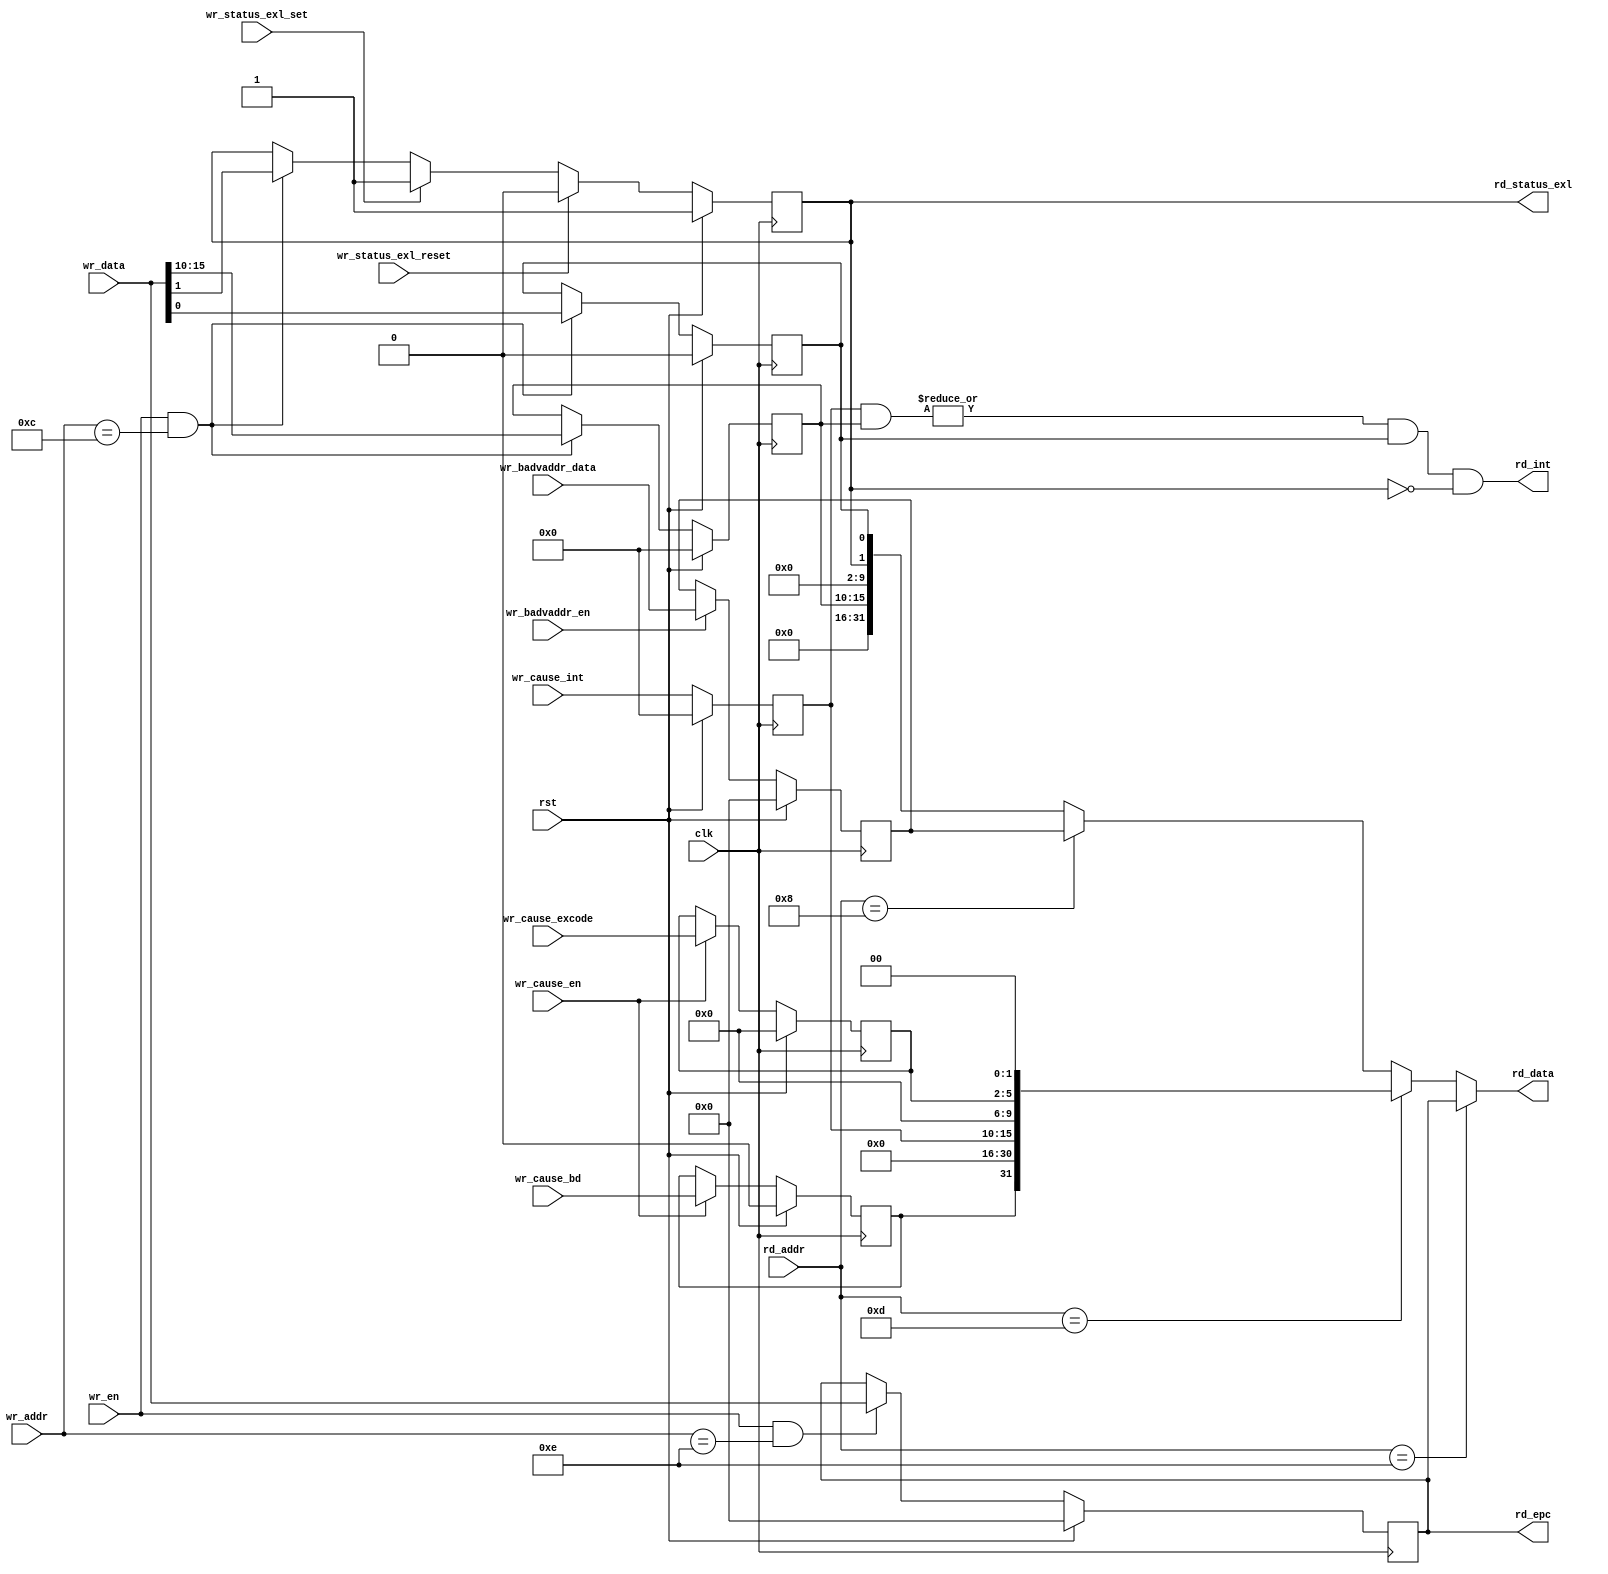
module mips_cop0    (
                    input clk,
                    input rst,

                    input[4:0]    rd_addr,
                    output[31:0]  rd_data,
                    output[31:0]  rd_epc,
                    output        rd_int,
                    output        rd_status_exl,

                    input[4:0]    wr_addr,
                    input         wr_en,
                    input[31:0]   wr_data,
                    input         wr_status_exl_reset,
                    input         wr_status_exl_set,
                    input         wr_cause_en,
                    input         wr_cause_bd,
                    input[5:0]    wr_cause_int,
                    input[3:0]    wr_cause_excode,
                    input         wr_badvaddr_en,
                    input[31:0]   wr_badvaddr_data
                    );




  reg[31:0]   epc;
  reg[31:0]   badvaddr;

  reg         cause_bd;
  reg[5:0]    cause_ip;
  reg[3:0]    cause_excode;

  reg[5:0]    status_im;
  reg         status_exl;
  reg         status_ie;




  assign rd_epc= epc;
  assign rd_status_exl= status_exl;
  assign rd_data= rd_addr==5'd14 ?  epc :
                  rd_addr==5'd13 ?  {cause_bd,15'd0,
                                    cause_ip,4'd0,
                                    cause_excode,2'd0} :
                  rd_addr==5'd8 ?   badvaddr :
                                    {16'd0,
                                    status_im,
                                    8'd0,
                                    status_exl,
                                    status_ie};
  assign rd_int= |(cause_ip & status_im) & status_ie & !status_exl;

  always @(posedge clk)
  if(rst)
    begin
    epc<= 32'd0;

    cause_bd<= 1'b0;
    cause_ip<= 6'd0;
    cause_excode<= 4'd0;

    status_im<= 6'd0;
    status_exl<= 1'b1;
    status_ie<= 1'b0;

    badvaddr<= 32'd0;
    end
  else
    begin
    epc<= wr_en & wr_addr==5'd14 ? wr_data : epc;

    cause_bd<= wr_cause_en ? wr_cause_bd : cause_bd;//31
    cause_ip<= wr_cause_int;//15:10
    cause_excode<= wr_cause_en ? wr_cause_excode :
                   cause_excode;//6:2

    status_im<= wr_en & wr_addr==5'd12 ? wr_data[15:10] : status_im;
    status_exl<= wr_status_exl_reset ? 1'b0 :
                 wr_status_exl_set ? 1'b1 :
                 wr_en & wr_addr==5'd12 ? wr_data[1] : status_exl;
    status_ie<= wr_en & wr_addr==5'd12 ? wr_data[0] : status_ie;

    badvaddr<= wr_badvaddr_en ? wr_badvaddr_data : badvaddr;
    end




endmodule